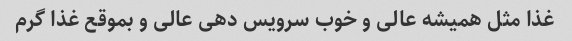
غذا مثل همیشه عالی و خوب سرویس دهی عالی و بموقع غذا گرم